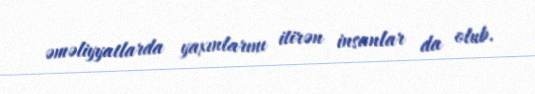
əməliyyatlarda yaxınlarını itirən insanlar da olub.